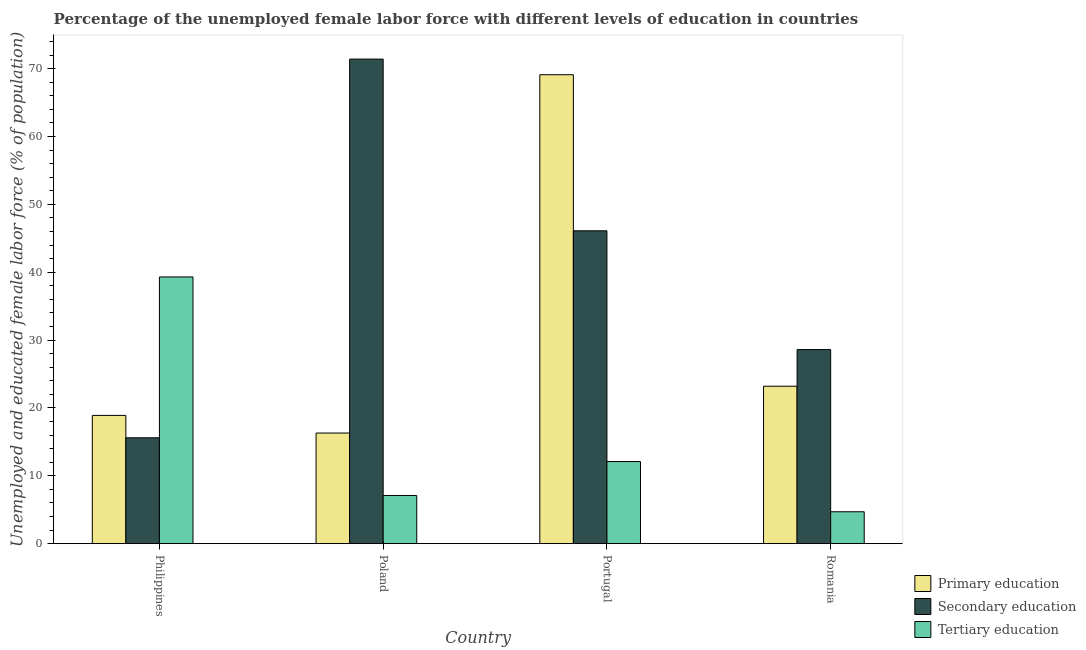
| Country | Primary education | Secondary education | Tertiary education |
 | --- | --- | --- | --- |
 | Philippines | 18.9 | 15.6 | 39.3 |
 | Poland | 16.3 | 71.4 | 7.1 |
 | Portugal | 69.1 | 46.1 | 12.1 |
 | Romania | 23.2 | 28.6 | 4.7 |